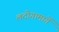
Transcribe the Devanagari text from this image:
लदोगामार्गे